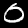
Digit: 0